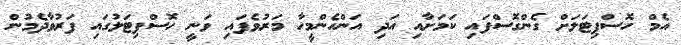
އެމް ހޮސްޕިޓަލަށް ގެންގޮސްފައި ކަމަށާއި އަދި އަންހެންމީހާ މަރުވެފައި ވަނީ ހޮސްޕިޓަލުގައި ފަރުވާދެމުން